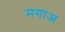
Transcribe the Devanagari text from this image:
मगाअ